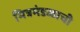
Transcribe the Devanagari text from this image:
मित्रमंडळाची